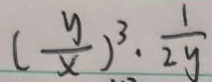
( \frac { y } { x } ) ^ { 3 } \cdot \frac { 1 } { 2 y }